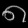
Digit: ၈